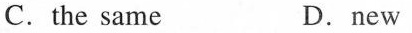
C.the same D.New